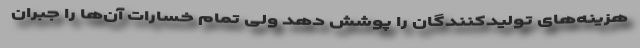
هزینه‌های تولیدکنندگان را پوشش دهد ولی تمام خسارات آن‌ها را جبران